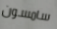
سامسون